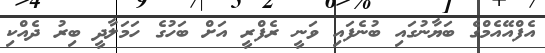
އެފްއޭއެމްގެ ބަޔާނުގައި ބުނެފައި ވަނީ ރެފްރީ އަށް ބަހުގެ ހަމަލާދީ ބިރު ދެއްކި